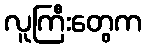
လူကြီးတွေက